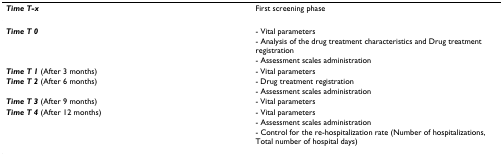
<table><thead><tr><td><b><i>Time T-x</i></b></td><td><b>First screening phase</b></td></tr></thead><tbody><tr><td><b><i>Time T 0</i></b></td><td>- Vital parameters</td></tr><tr><td></td><td>- Analysis of the drug treatment characteristics and Drug treatment registration</td></tr><tr><td></td><td>- Assessment scales administration</td></tr><tr><td><b><i>Time T 1 </i></b>(After 3 months)</td><td>- Vital parameters</td></tr><tr><td><b><i>Time T 2 </i></b>(After 6 months)</td><td>- Drug treatment registration</td></tr><tr><td></td><td>- Assessment scales administration</td></tr><tr><td><b><i>Time T 3 </i></b>(After 9 months)</td><td>- Vital parameters</td></tr><tr><td><b><i>Time T 4 </i></b>(After 12 months)</td><td>- Vital parameters</td></tr><tr><td></td><td>- Assessment scales administration</td></tr><tr><td></td><td>- Control for the re-hospitalization rate (Number of hospitalizations, Total number of hospital days)</td></tr></tbody></table>